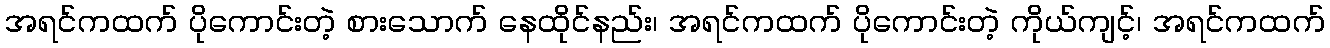
အရင်ကထက် ပိုကောင်းတဲ့ စားသောက် နေထိုင်နည်း၊ အရင်ကထက် ပိုကောင်းတဲ့ ကိုယ်ကျင့်၊ အရင်ကထက်